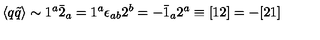
\langle q \tilde { q } \rangle \sim 1 ^ { a } \bar { 2 } _ { a } = 1 ^ { a } \epsilon _ { a b } 2 ^ { b } = - \bar { 1 } _ { a } 2 ^ { a } \equiv [ 1 2 ] = - [ 2 1 ]